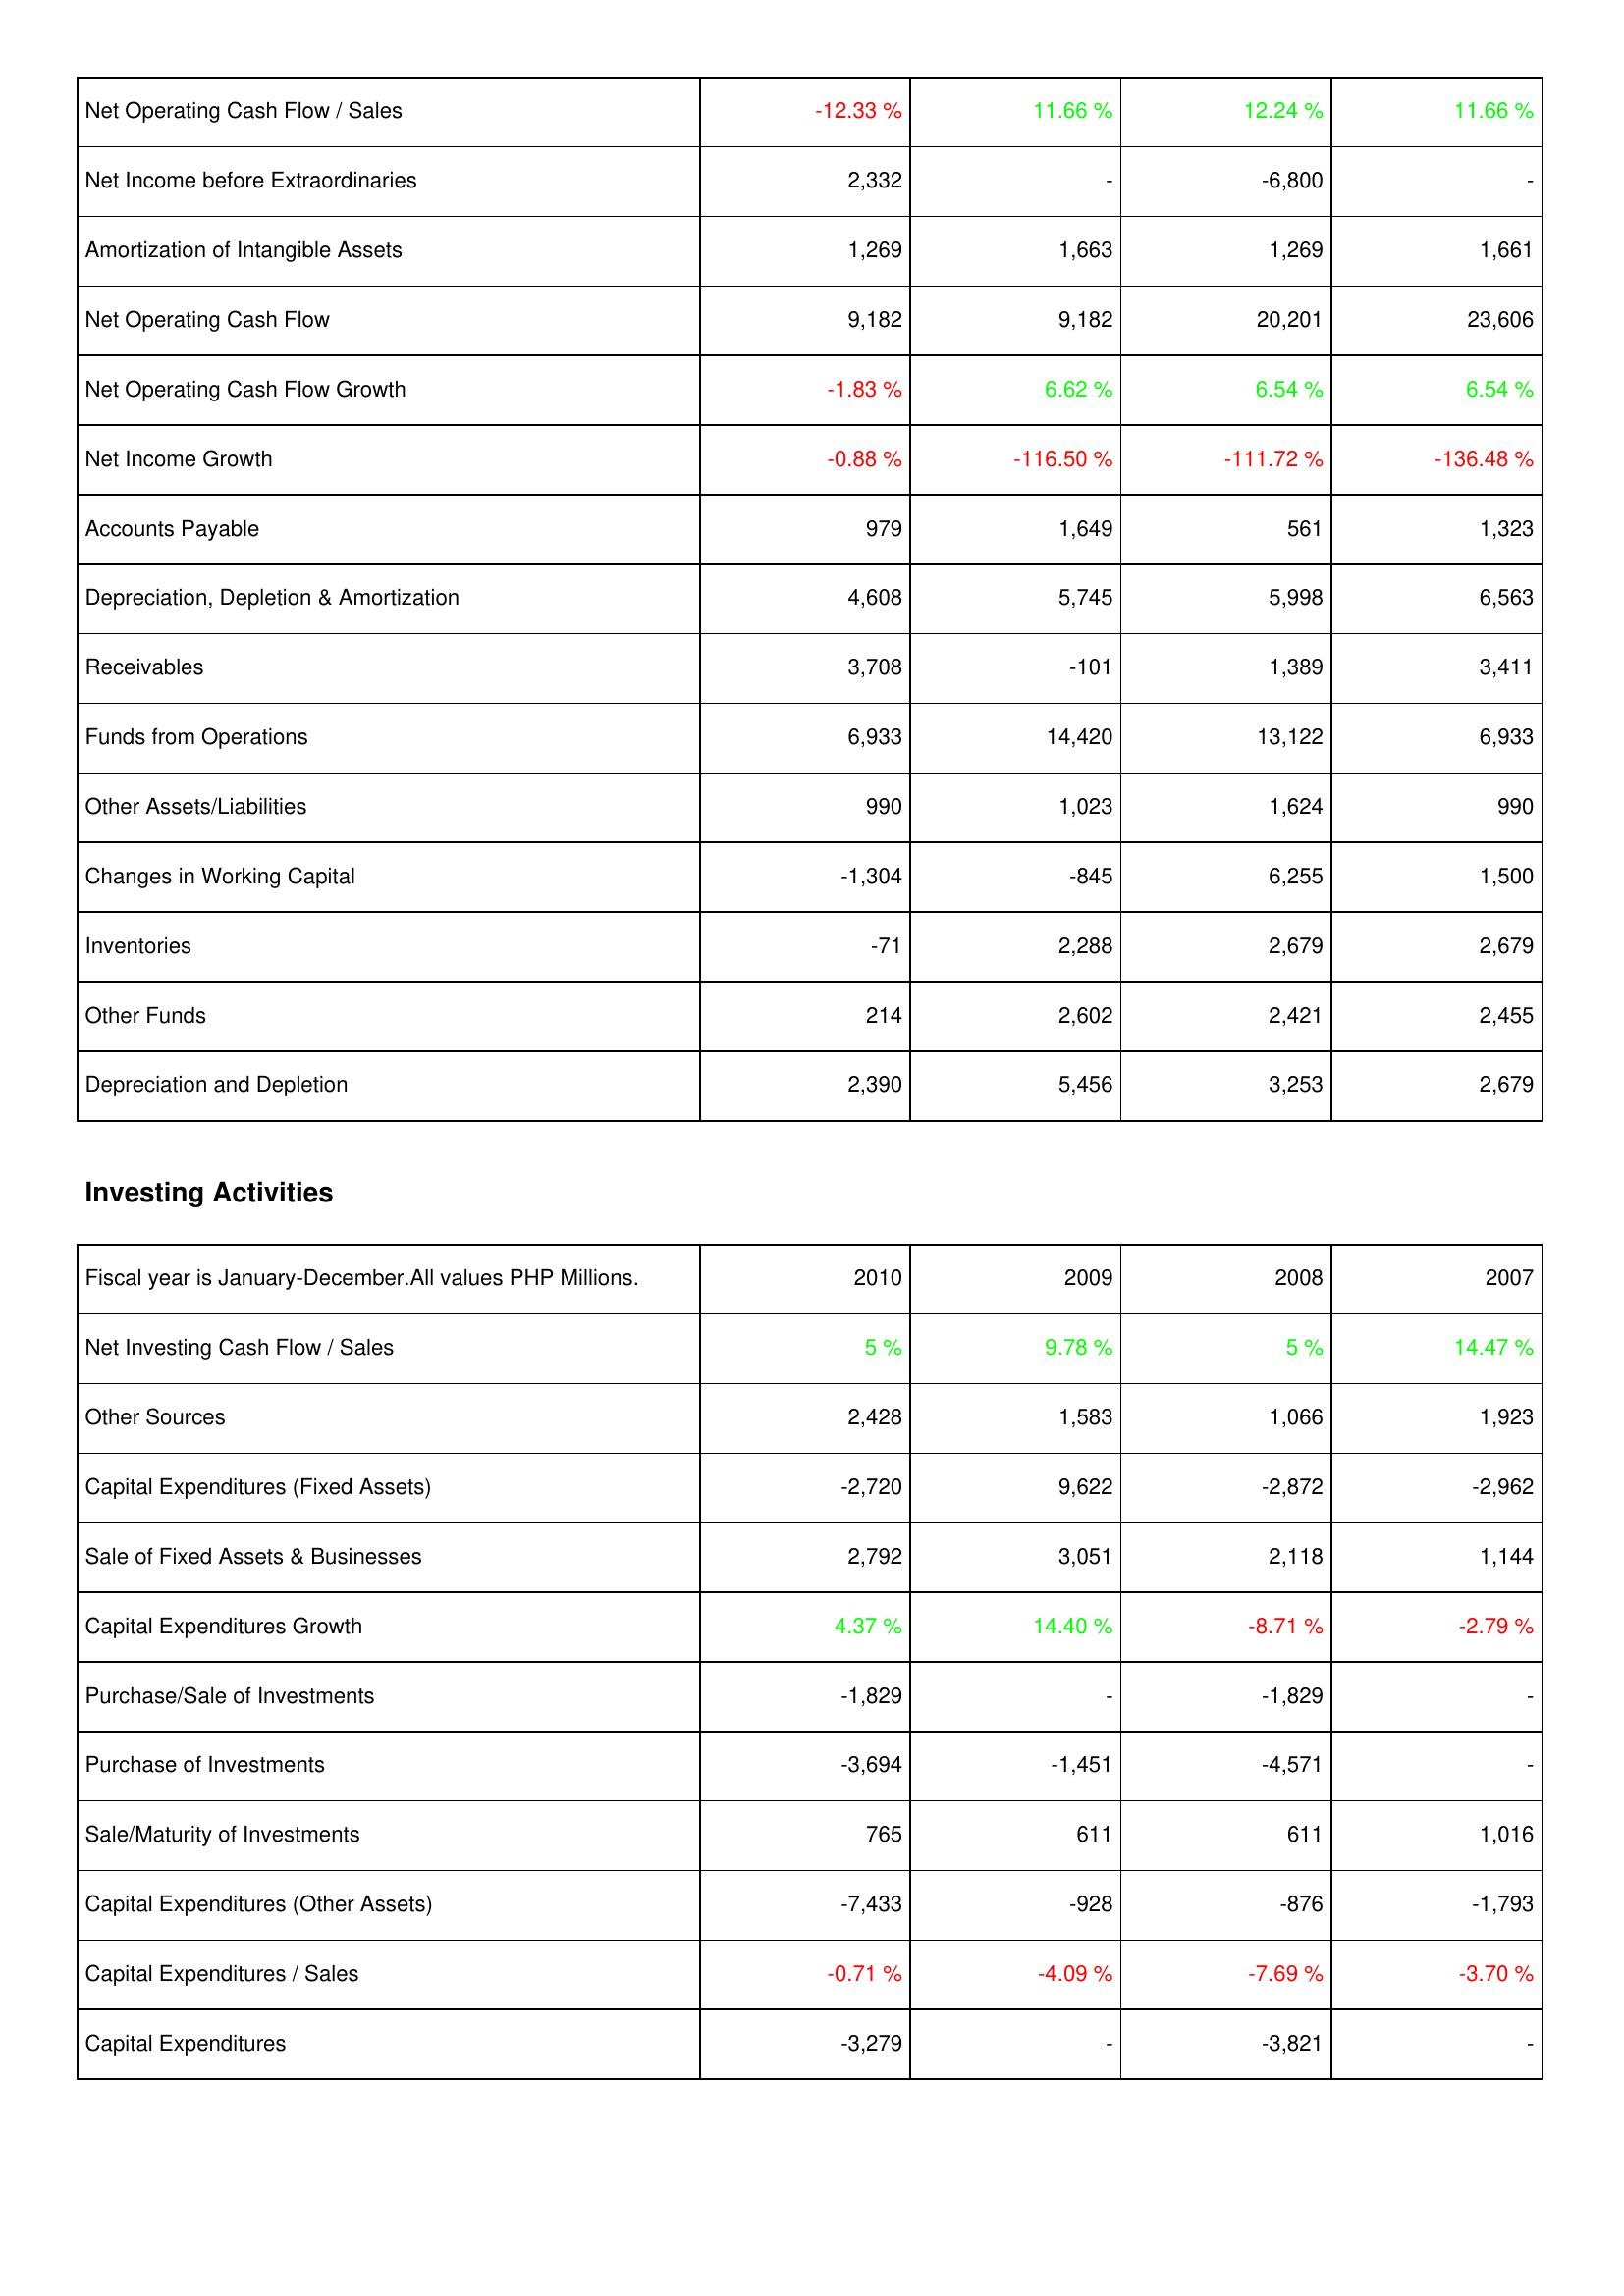
2010: Operating Activities: Net Operating Cash Flow / Sales: -12.33 %
Net Income before Extraordinaries: 2,332
Amortization of Intangible Assets: 1,269
Net Operating Cash Flow: 9,182
Net Operating Cash Flow Growth: -1.83 %
Net Income Growth: -0.88 %
Accounts Payable: 979
Depreciation, Depletion & Amortization: 4,608
Receivables: 3,708
Funds from Operations: 6,933
Other Assets/Liabilities: 990
Changes in Working Capital: -1,304
Inventories: -71
Other Funds: 214
Depreciation and Depletion: 2,390
Investing Activities: Net Investing Cash Flow / Sales: 5 %
Other Sources: 2,428
Capital Expenditures (Fixed Assets): -2,720
Sale of Fixed Assets & Businesses: 2,792
Capital Expenditures Growth: 4.37 %
Purchase/Sale of Investments: -1,829
Purchase of Investments: -3,694
Sale/Maturity of Investments: 765
Capital Expenditures (Other Assets): -7,433
Capital Expenditures / Sales: -0.71 %
Capital Expenditures: -3,279
2009: Operating Activities: Net Operating Cash Flow / Sales: 11.66 %
Net Income before Extraordinaries: -
Amortization of Intangible Assets: 1,663
Net Operating Cash Flow: 9,182
Net Operating Cash Flow Growth: 6.62 %
Net Income Growth: -116.50 %
Accounts Payable: 1,649
Depreciation, Depletion & Amortization: 5,745
Receivables: -101
Funds from Operations: 14,420
Other Assets/Liabilities: 1,023
Changes in Working Capital: -845
Inventories: 2,288
Other Funds: 2,602
Depreciation and Depletion: 5,456
Investing Activities: Net Investing Cash Flow / Sales: 9.78 %
Other Sources: 1,583
Capital Expenditures (Fixed Assets): 9,622
Sale of Fixed Assets & Businesses: 3,051
Capital Expenditures Growth: 14.40 %
Purchase/Sale of Investments: -
Purchase of Investments: -1,451
Sale/Maturity of Investments: 611
Capital Expenditures (Other Assets): -928
Capital Expenditures / Sales: -4.09 %
Capital Expenditures: -
2008: Operating Activities: Net Operating Cash Flow / Sales: 12.24 %
Net Income before Extraordinaries: -6,800
Amortization of Intangible Assets: 1,269
Net Operating Cash Flow: 20,201
Net Operating Cash Flow Growth: 6.54 %
Net Income Growth: -111.72 %
Accounts Payable: 561
Depreciation, Depletion & Amortization: 5,998
Receivables: 1,389
Funds from Operations: 13,122
Other Assets/Liabilities: 1,624
Changes in Working Capital: 6,255
Inventories: 2,679
Other Funds: 2,421
Depreciation and Depletion: 3,253
Investing Activities: Net Investing Cash Flow / Sales: 5 %
Other Sources: 1,066
Capital Expenditures (Fixed Assets): -2,872
Sale of Fixed Assets & Businesses: 2,118
Capital Expenditures Growth: -8.71 %
Purchase/Sale of Investments: -1,829
Purchase of Investments: -4,571
Sale/Maturity of Investments: 611
Capital Expenditures (Other Assets): -876
Capital Expenditures / Sales: -7.69 %
Capital Expenditures: -3,821
2007: Operating Activities: Net Operating Cash Flow / Sales: 11.66 %
Net Income before Extraordinaries: -
Amortization of Intangible Assets: 1,661
Net Operating Cash Flow: 23,606
Net Operating Cash Flow Growth: 6.54 %
Net Income Growth: -136.48 %
Accounts Payable: 1,323
Depreciation, Depletion & Amortization: 6,563
Receivables: 3,411
Funds from Operations: 6,933
Other Assets/Liabilities: 990
Changes in Working Capital: 1,500
Inventories: 2,679
Other Funds: 2,455
Depreciation and Depletion: 2,679
Investing Activities: Net Investing Cash Flow / Sales: 14.47 %
Other Sources: 1,923
Capital Expenditures (Fixed Assets): -2,962
Sale of Fixed Assets & Businesses: 1,144
Capital Expenditures Growth: -2.79 %
Purchase/Sale of Investments: -
Purchase of Investments: -
Sale/Maturity of Investments: 1,016
Capital Expenditures (Other Assets): -1,793
Capital Expenditures / Sales: -3.70 %
Capital Expenditures: -